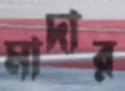
মাদার